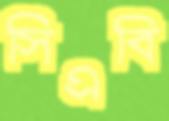
সিএবি